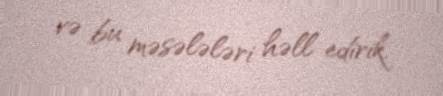
və bu məsələləri həll edirik.